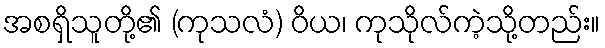
အစရှိသူတို့၏ (ကုသလံ) ဝိယ၊ ကုသိုလ်ကဲ့သို့တည်း။